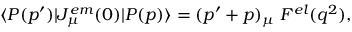
\langle P ( p ^ { \prime } ) | J _ { \mu } ^ { e m } ( 0 ) | P ( p ) \rangle = ( p ^ { \prime } + p ) _ { \mu } \; F ^ { e l } ( q ^ { 2 } ) ,